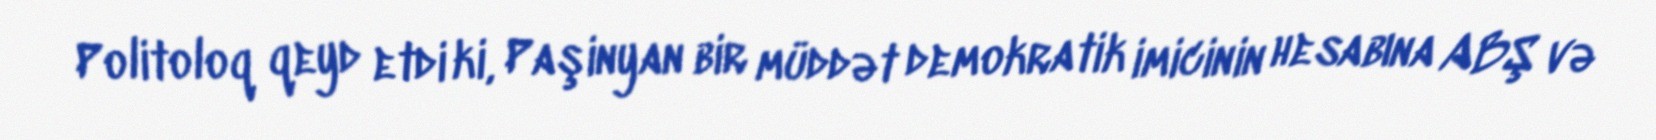
Politoloq qeyd etdi ki, Paşinyan bir müddət demokratik imicinin hesabına ABŞ və